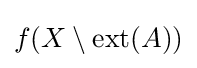
f(X\setminus \operatorname {ext} (A))